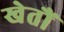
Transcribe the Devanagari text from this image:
खेतौं